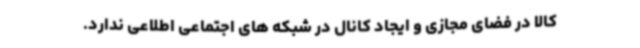
کالا در فضای مجازی و ایجاد کانال در شبکه های اجتماعی اطلاعی ندارد.